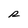
Character: R